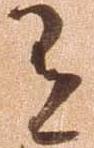
有